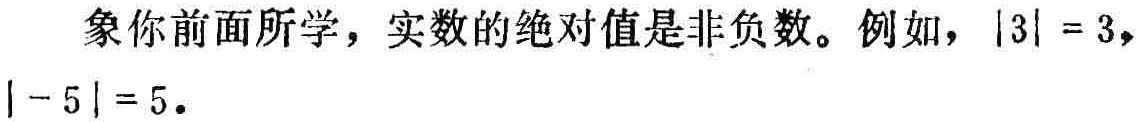
象你前面所学，实数的绝对值是非负数。例如，\(\vert 3\vert = 3\)，\(\vert - 5\vert = 5\)。